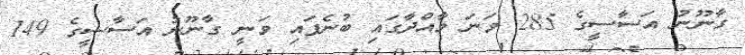
ގާނޫނު އަސާސީގެ 285 ވަނަ މާއްދާގައި ބުނެފައި ވަނީ ގާނޫނު އަސާސީގެ 149